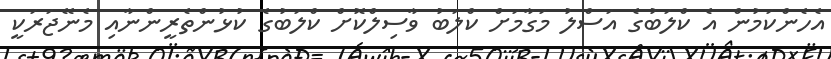
އެހެންކަމުން އެ ކްލަބުގެ އަސްލު މަގާމަށް ކްލަބު ވާސިލްކޮށް ކްލަބުގެ ކުޅުންތެރީންނާއި މެނޭޖަރަކީ